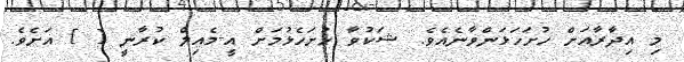
މި އިދާރާއަށް ހުށަހަޅަންވާނެއެވެ. ޝަކުވާ ހުށަހެޅުމަށް އީ-މެއިލް ކުރާނީ [ ] އަށެވެ.